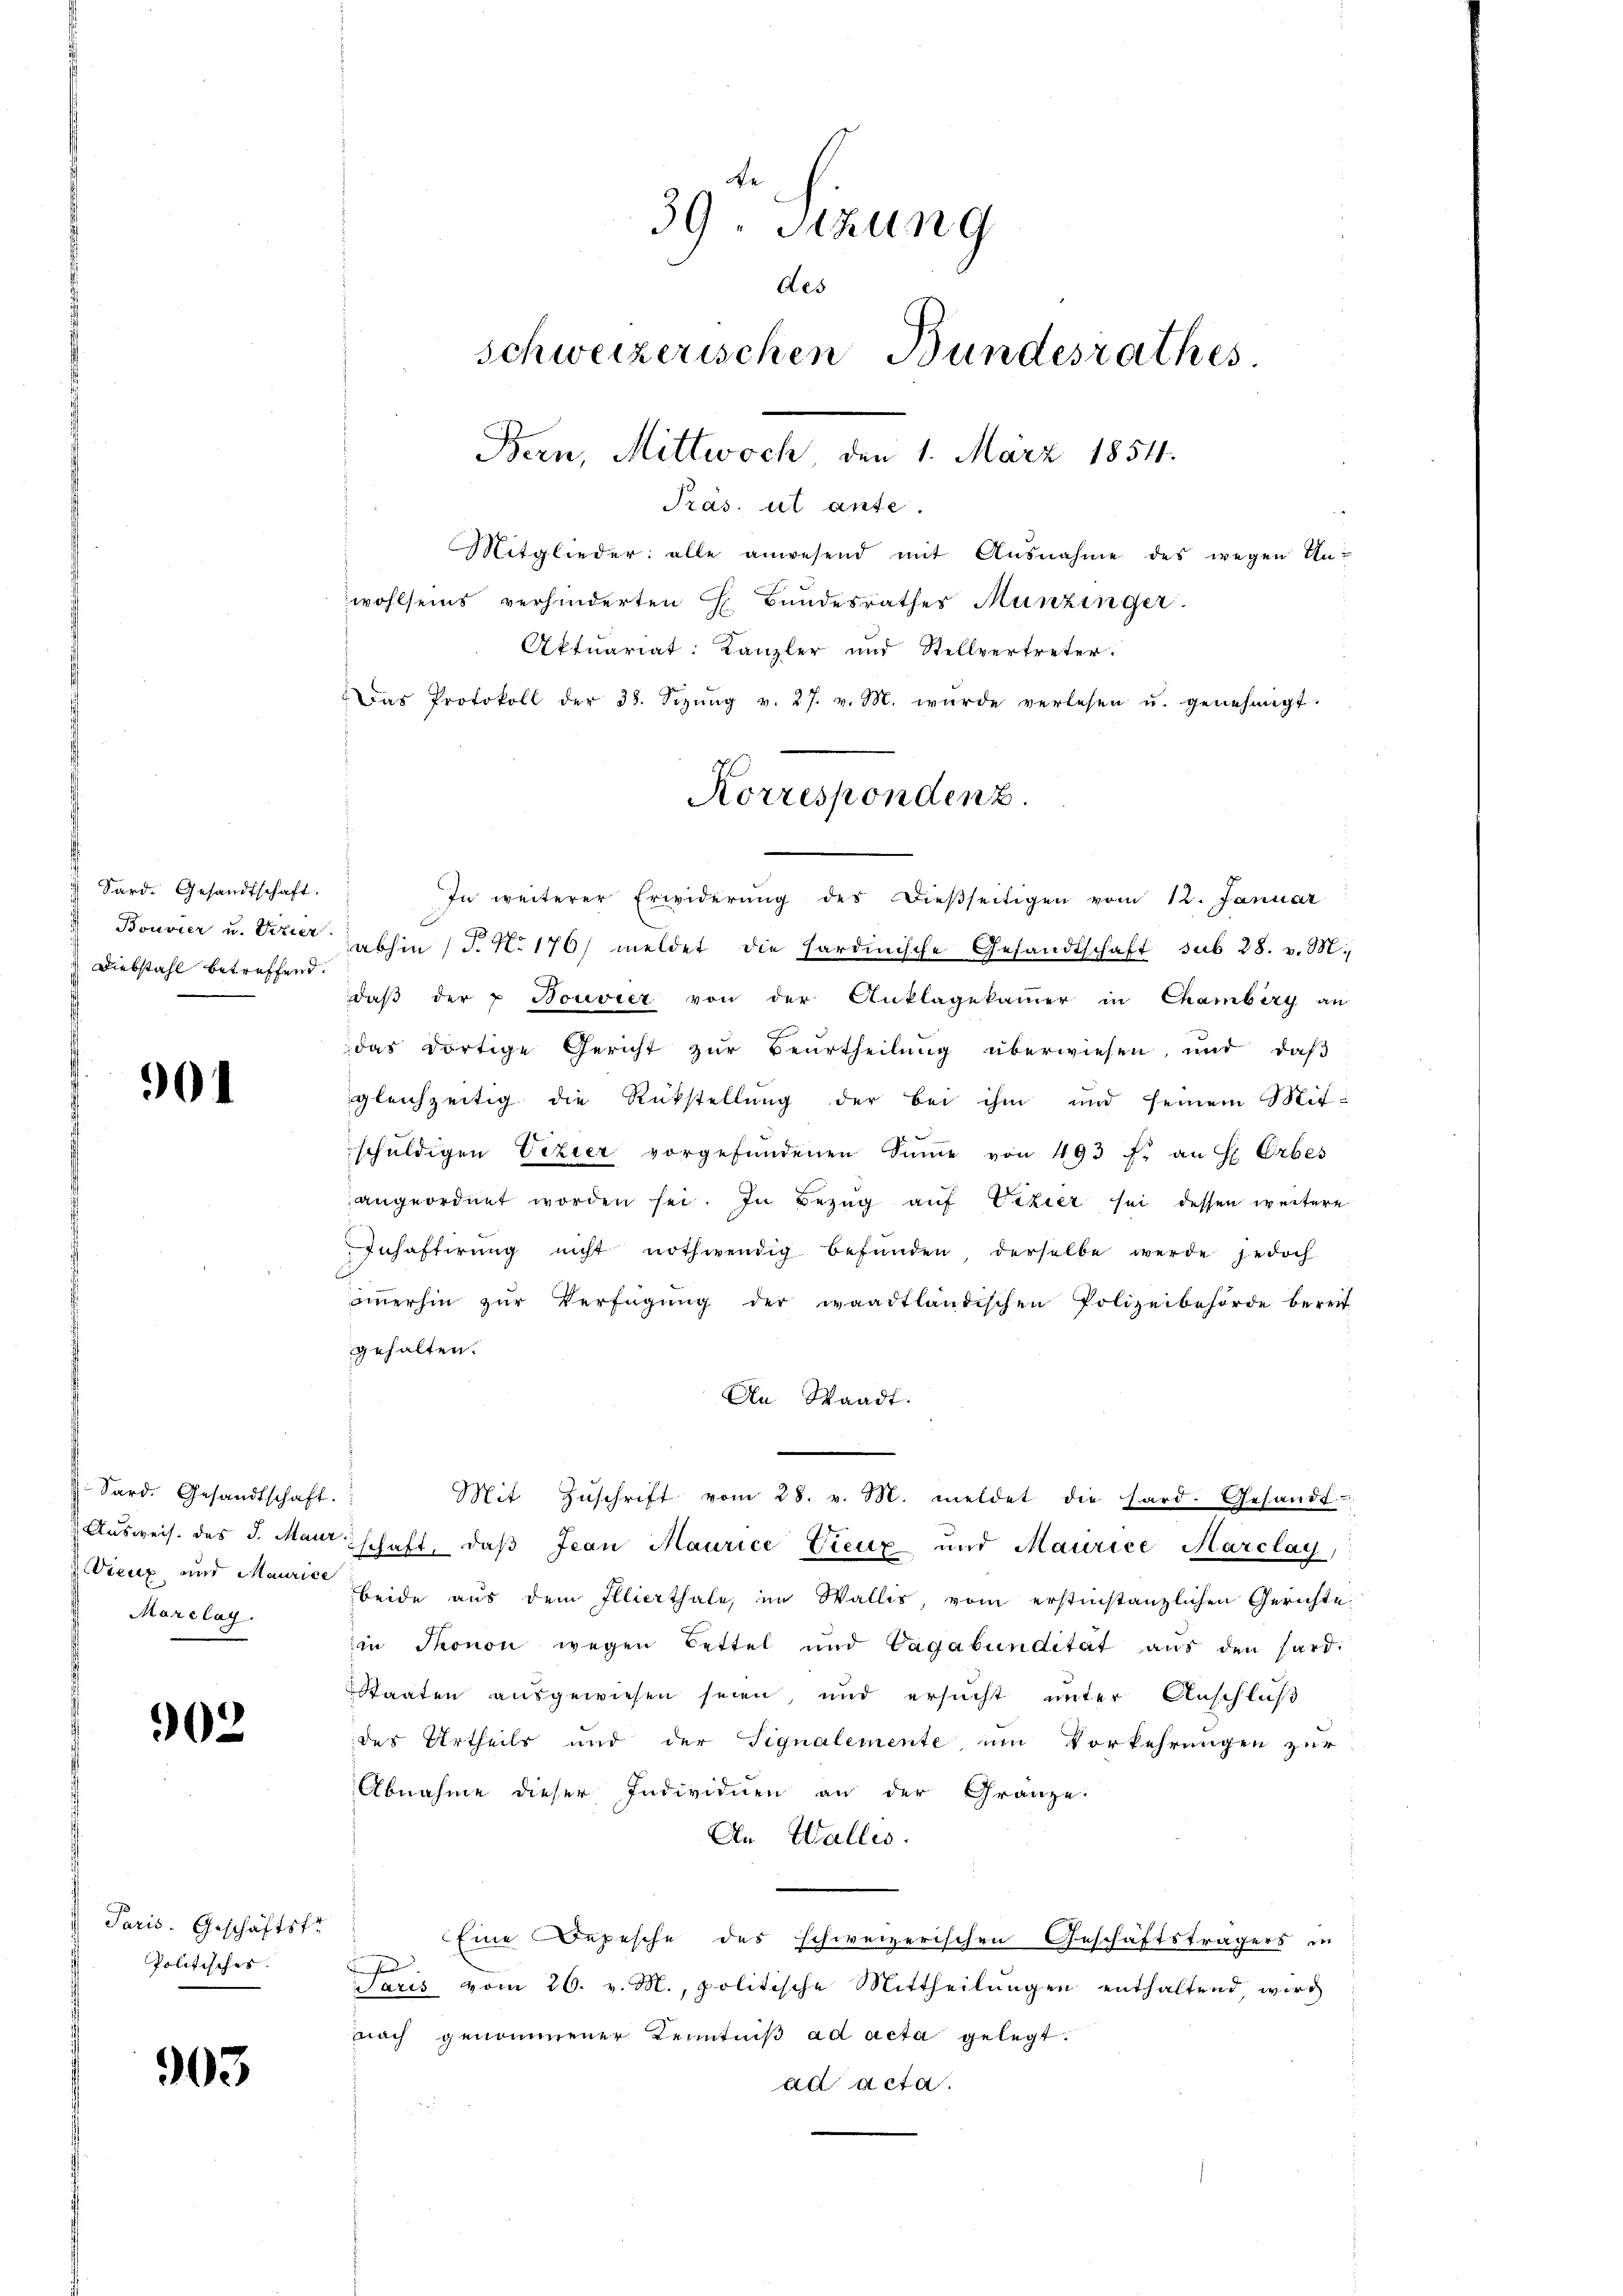
Sard. Gesandtschaft.
Diebstahl betreffend.

901

Sard. Gesandtschaft.
Vieux und Maurice
Marclag.

902

Paris. Geschäftsfr
Politisches

903.

39. Sitzung
des
Schweizerischen Bundesrathes
Bern, Mittwoch, den 1. März 1854.
Pras. ut ante.
Mitglieder: alle anwesend mit Ausnahme des wegen Unwohlseins verhinderten E. Bundesrathes Munzinger.

In weiterer Erwiderŭng des dießseitigen vom 12. Januar
 Bouvier u. Vizier abhin) P. Nr. 176) meldet die Hardinische Gesandtschaft sub 28. v. M.
daβ der u Bouvier von der Anklagekammer in Chambiry an
das dortige Gericht zur Beurtheilung überwiesen, und daß
gleichzeitig die Rückstellung der bei ihm und seinem Mit-
schŭldigen Vizier vorgefŭndenen Sinne von 493 f. an H. Erbes
angeordnet worden sei. In Bezug auf Vizier sei dessen weitere
Inhaftirŭng nicht nothwendig befŭnden, derselbe werde jedoch
aṁerhin zŭr Verfügŭng der waadtländischen Polizeibehörde bereit
gehalten.
An Waadt:
Mit Zŭschrift vom 28. v. M. meldet die hard. Gesandt
Ausweis des d. Marschaft, daβ Jean Maurice Lieux und Maurice Marclay
beide aus dem Illierthale, im Wallis, vom erstinstanzlichen Gerichte
in Thonon wegen Lettel und Vagabundität aus den Hard¬
Staaten ausgewiesen seien, und ersucht unter Anschluß
des Urtheils und der Signalemente, um Vorkehrungen zur
Abnahme dieser Individuen an der Gränze.
An Walles.
Eine Depesche des schweizerischen Geschäftsträgers in
Paris vom 26. v. M., politische Mittheilŭngen enthaltend, wird
nach genommener Kenntniß ad acta gelegt.
ad acta.

Aktuariat: Kanzler und Stellvertreter.
Das Protokoll der 38. Sizŭng v. 27. v. M. wurde verlesen u. genehmigt.
Korrespondenz.